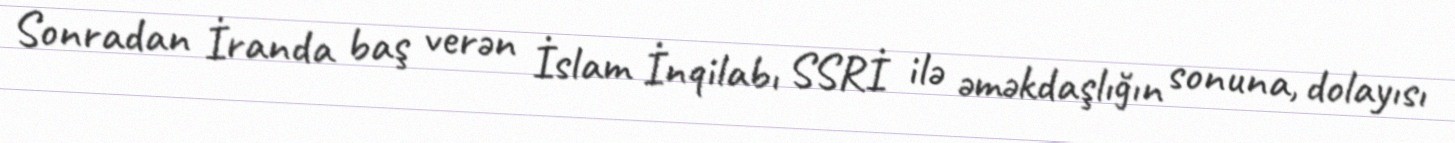
Sonradan İranda baş verən İslam İnqilabı SSRİ ilə əməkdaşlığın sonuna, dolayısı